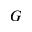
G